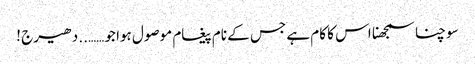
سوچنا سمجھنا اس کا کام ہے جس کے نام پیغام موصول ہوا جو ……..دھیرج !